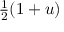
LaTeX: \textstyle { \frac { 1 } { 2 } } ( 1 + u )